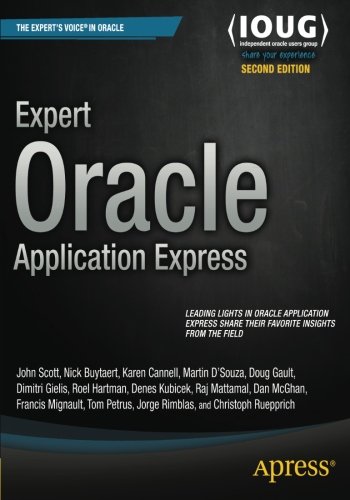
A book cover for Expert Oracle Application Express; Doug Gault; Computers & Technology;